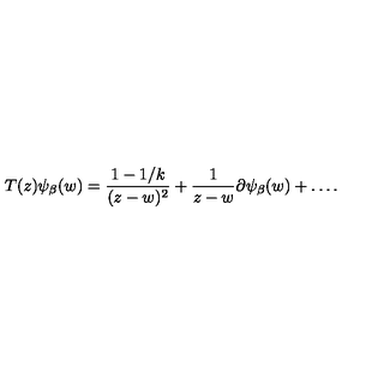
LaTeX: T ( z ) \psi _ { \beta } ( w ) = \frac { 1 - 1 / k } { ( z - w ) ^ { 2 } } + \frac { 1 } { z - w } \partial \psi _ { \beta } ( w ) + \ldots .